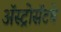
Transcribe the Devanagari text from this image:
ॲस्ट्रोसॅटचे